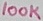
Text: 100K